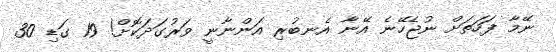
ނޭމާ ފަހަތަށް ނުޖެހޭނެ އޭނާ އެނބުރި އަންނާނީ ވަރުގަދަކޮށް! 19 ގަޑި 30